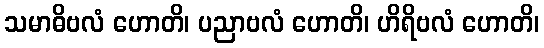
သမာဓိဗလံ ဟောတိ၊ ပညာဗလံ ဟောတိ၊ ဟိရိဗလံ ဟောတိ၊